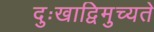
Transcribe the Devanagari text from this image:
दुःखाद्विमुच्यते